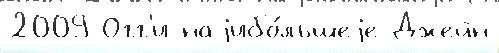
2009 Огг'и наjибо́льшеjе Джейн